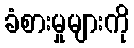
ခံစားမှုများကို